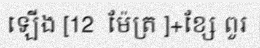
ឡើង [12  ម៉ែត្រ ]+ខ្សែ ពួរ